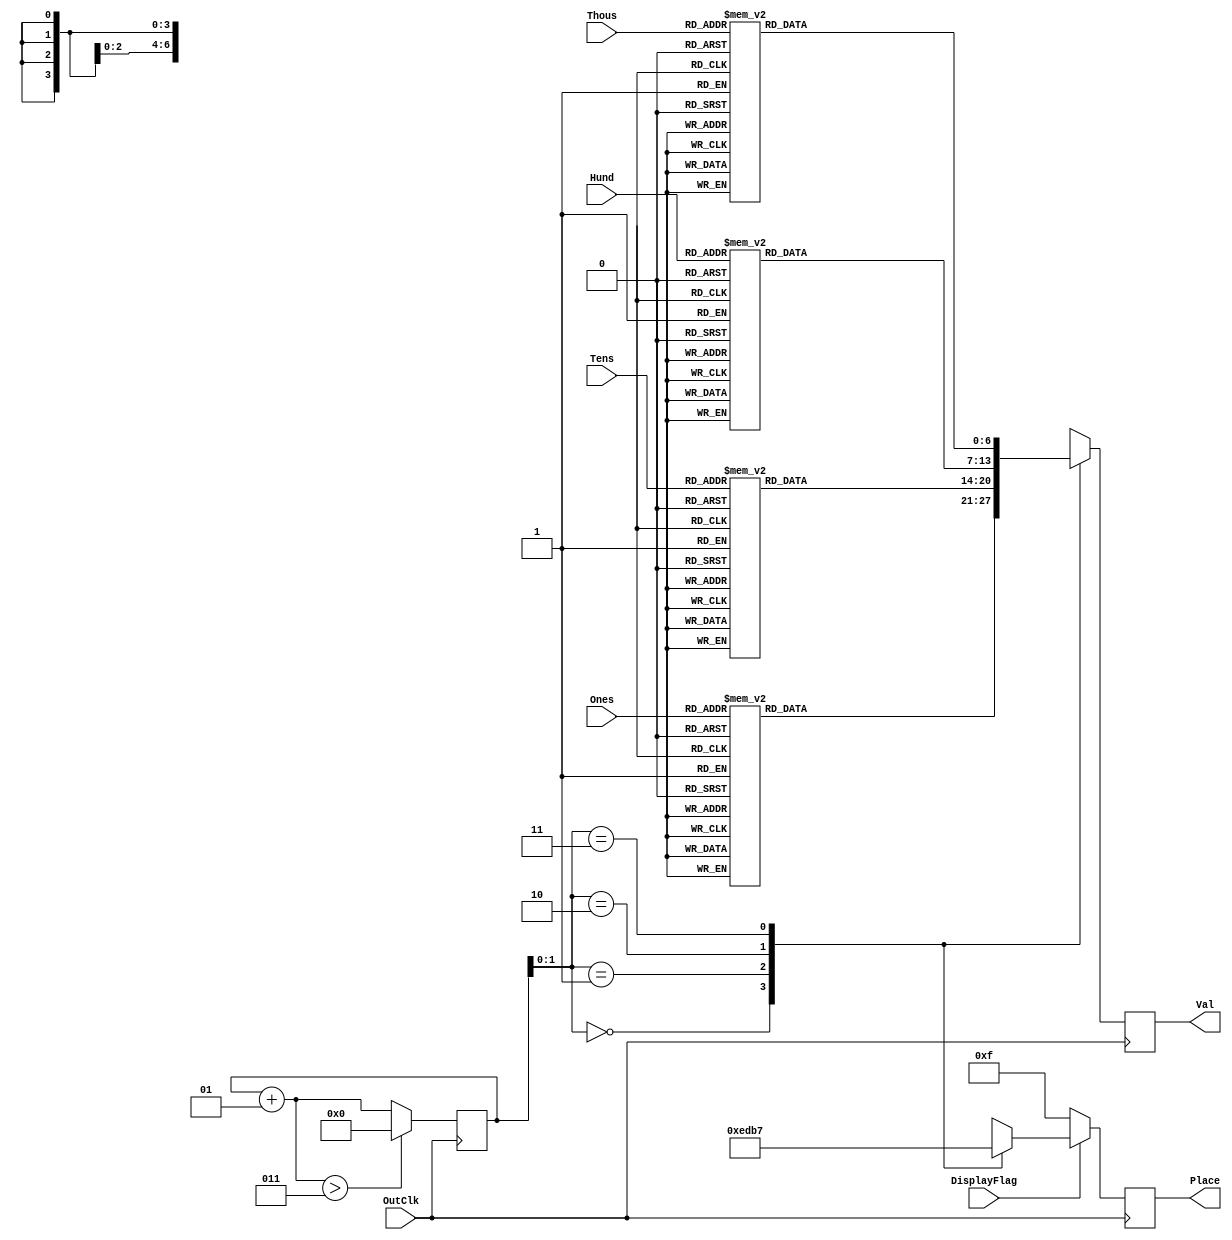
module Lab4BCDTo7Segment (Thous, Hund, Tens, Ones, Val, Place, OutClk, DisplayFlag);
input OutClk, DisplayFlag;
input [3:0] Thous, Hund, Tens, Ones;
output reg [6:0] Val;
output reg [3:0] Place;

reg [6:0] seven [3:0];
//parameter seven0 = 7'b1111110, seven1 = 7'b0110000, seven2 = 7'b1101101,
//	seven3 = 7'b1111001,seven4 = 7'b0110011, seven5 = 7'b1011011, seven6 = 7'b1011111,
//	seven7 = 7'b1110000, seven8 = 7'b1111111, seven9 = 7'b1111011, sevenD = 7'b0000000;
parameter seven0 = 7'b1000000, seven1 = 7'b1111001, seven2 = 7'b0100100, 
    seven3 = 7'b0110000, seven4 = 7'b0011001, seven5 = 7'b0010010, seven6 = 7'b0000010,
    seven7 = 7'b1111000, seven8 = 7'b0000000, seven9 = 7'b0010000, sevenD = 7'b1111111;
wire [3:0] select [3:0];
integer i = 0;

assign select[0] = 4'b1110;
assign select[1] = 4'b1101;
assign select[2] = 4'b1011;
assign select[3] = 4'b0111;

//A is MSB, G is LSB
always @(Thous, Hund, Tens, Ones)begin
case (Thous)
	0 : seven[3] = seven0;
	1 : seven[3] = seven1;
	2 : seven[3] = seven2;
	3 : seven[3] = seven3;
	4 : seven[3] = seven4;
	5 : seven[3] = seven5;
	6 : seven[3] = seven6;
	7 : seven[3] = seven7;
	8 : seven[3] = seven8;
	9 : seven[3] = seven9;
	default: seven[3] = sevenD;
endcase
case (Hund)
	0 : seven[2] = seven0;
	1 : seven[2] = seven1;
	2 : seven[2] = seven2;
	3 : seven[2] = seven3;
	4 : seven[2] = seven4;
	5 : seven[2] = seven5;
	6 : seven[2] = seven6;
	7 : seven[2] = seven7;
	8 : seven[2] = seven8;
	9 : seven[2] = seven9;
	default: seven[2] = sevenD;
endcase
case (Tens)
	0 : seven[1] = seven0;
	1 : seven[1] = seven1;
	2 : seven[1] = seven2;
	3 : seven[1] = seven3;
	4 : seven[1] = seven4;
	5 : seven[1] = seven5;
	6 : seven[1] = seven6;
	7 : seven[1] = seven7;
	8 : seven[1] = seven8;
	9 : seven[1] = seven9;
	default: seven[1] = sevenD;
endcase
case (Ones)
	0 : seven[0] = seven0;
	1 : seven[0] = seven1;
	2 : seven[0] = seven2;
	3 : seven[0] = seven3;
	4 : seven[0] = seven4;
	5 : seven[0] = seven5;
	6 : seven[0] = seven6;
	7 : seven[0] = seven7;
	8 : seven[0] = seven8;
	9 : seven[0] = seven9;
	default: seven[0] = sevenD;
endcase
end

always @(posedge OutClk)begin
	Val = seven[i];
	if(DisplayFlag)begin
	Place = select[i];
	end
	else begin
	Place = 4'b1111;
	end
	i = i + 1;
	if(i > 3)begin
		i = 0;
		end
	else begin
		i = i;
		end
end
endmodule